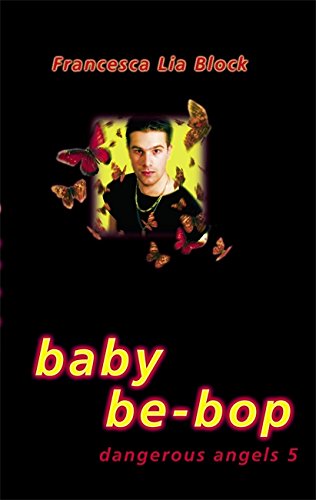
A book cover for Baby Be-bop (Dangerous Angels); Francesca Lia Block; Gay & Lesbian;